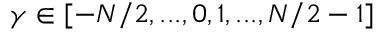
\gamma \in [ - N / 2 , . . . , 0 , 1 , . . . , N / 2 - 1 ]